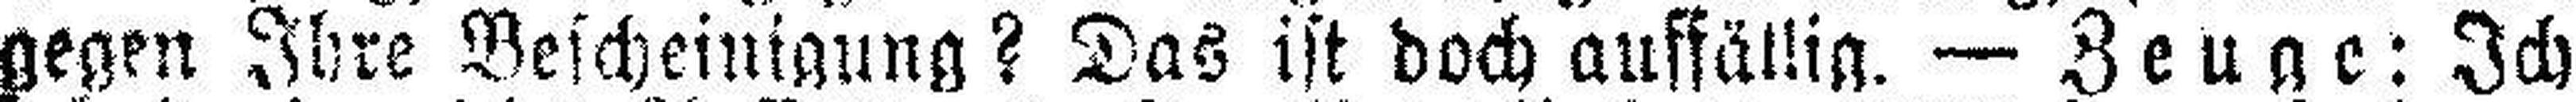
gegen Ihre Bescheinigung? Das ist doch auffällig. — Zeuge: Ich